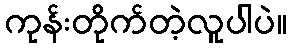
ကုန်းတိုက်တဲ့လူပါပဲ။